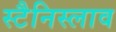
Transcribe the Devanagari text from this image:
स्टैनिस्लाव